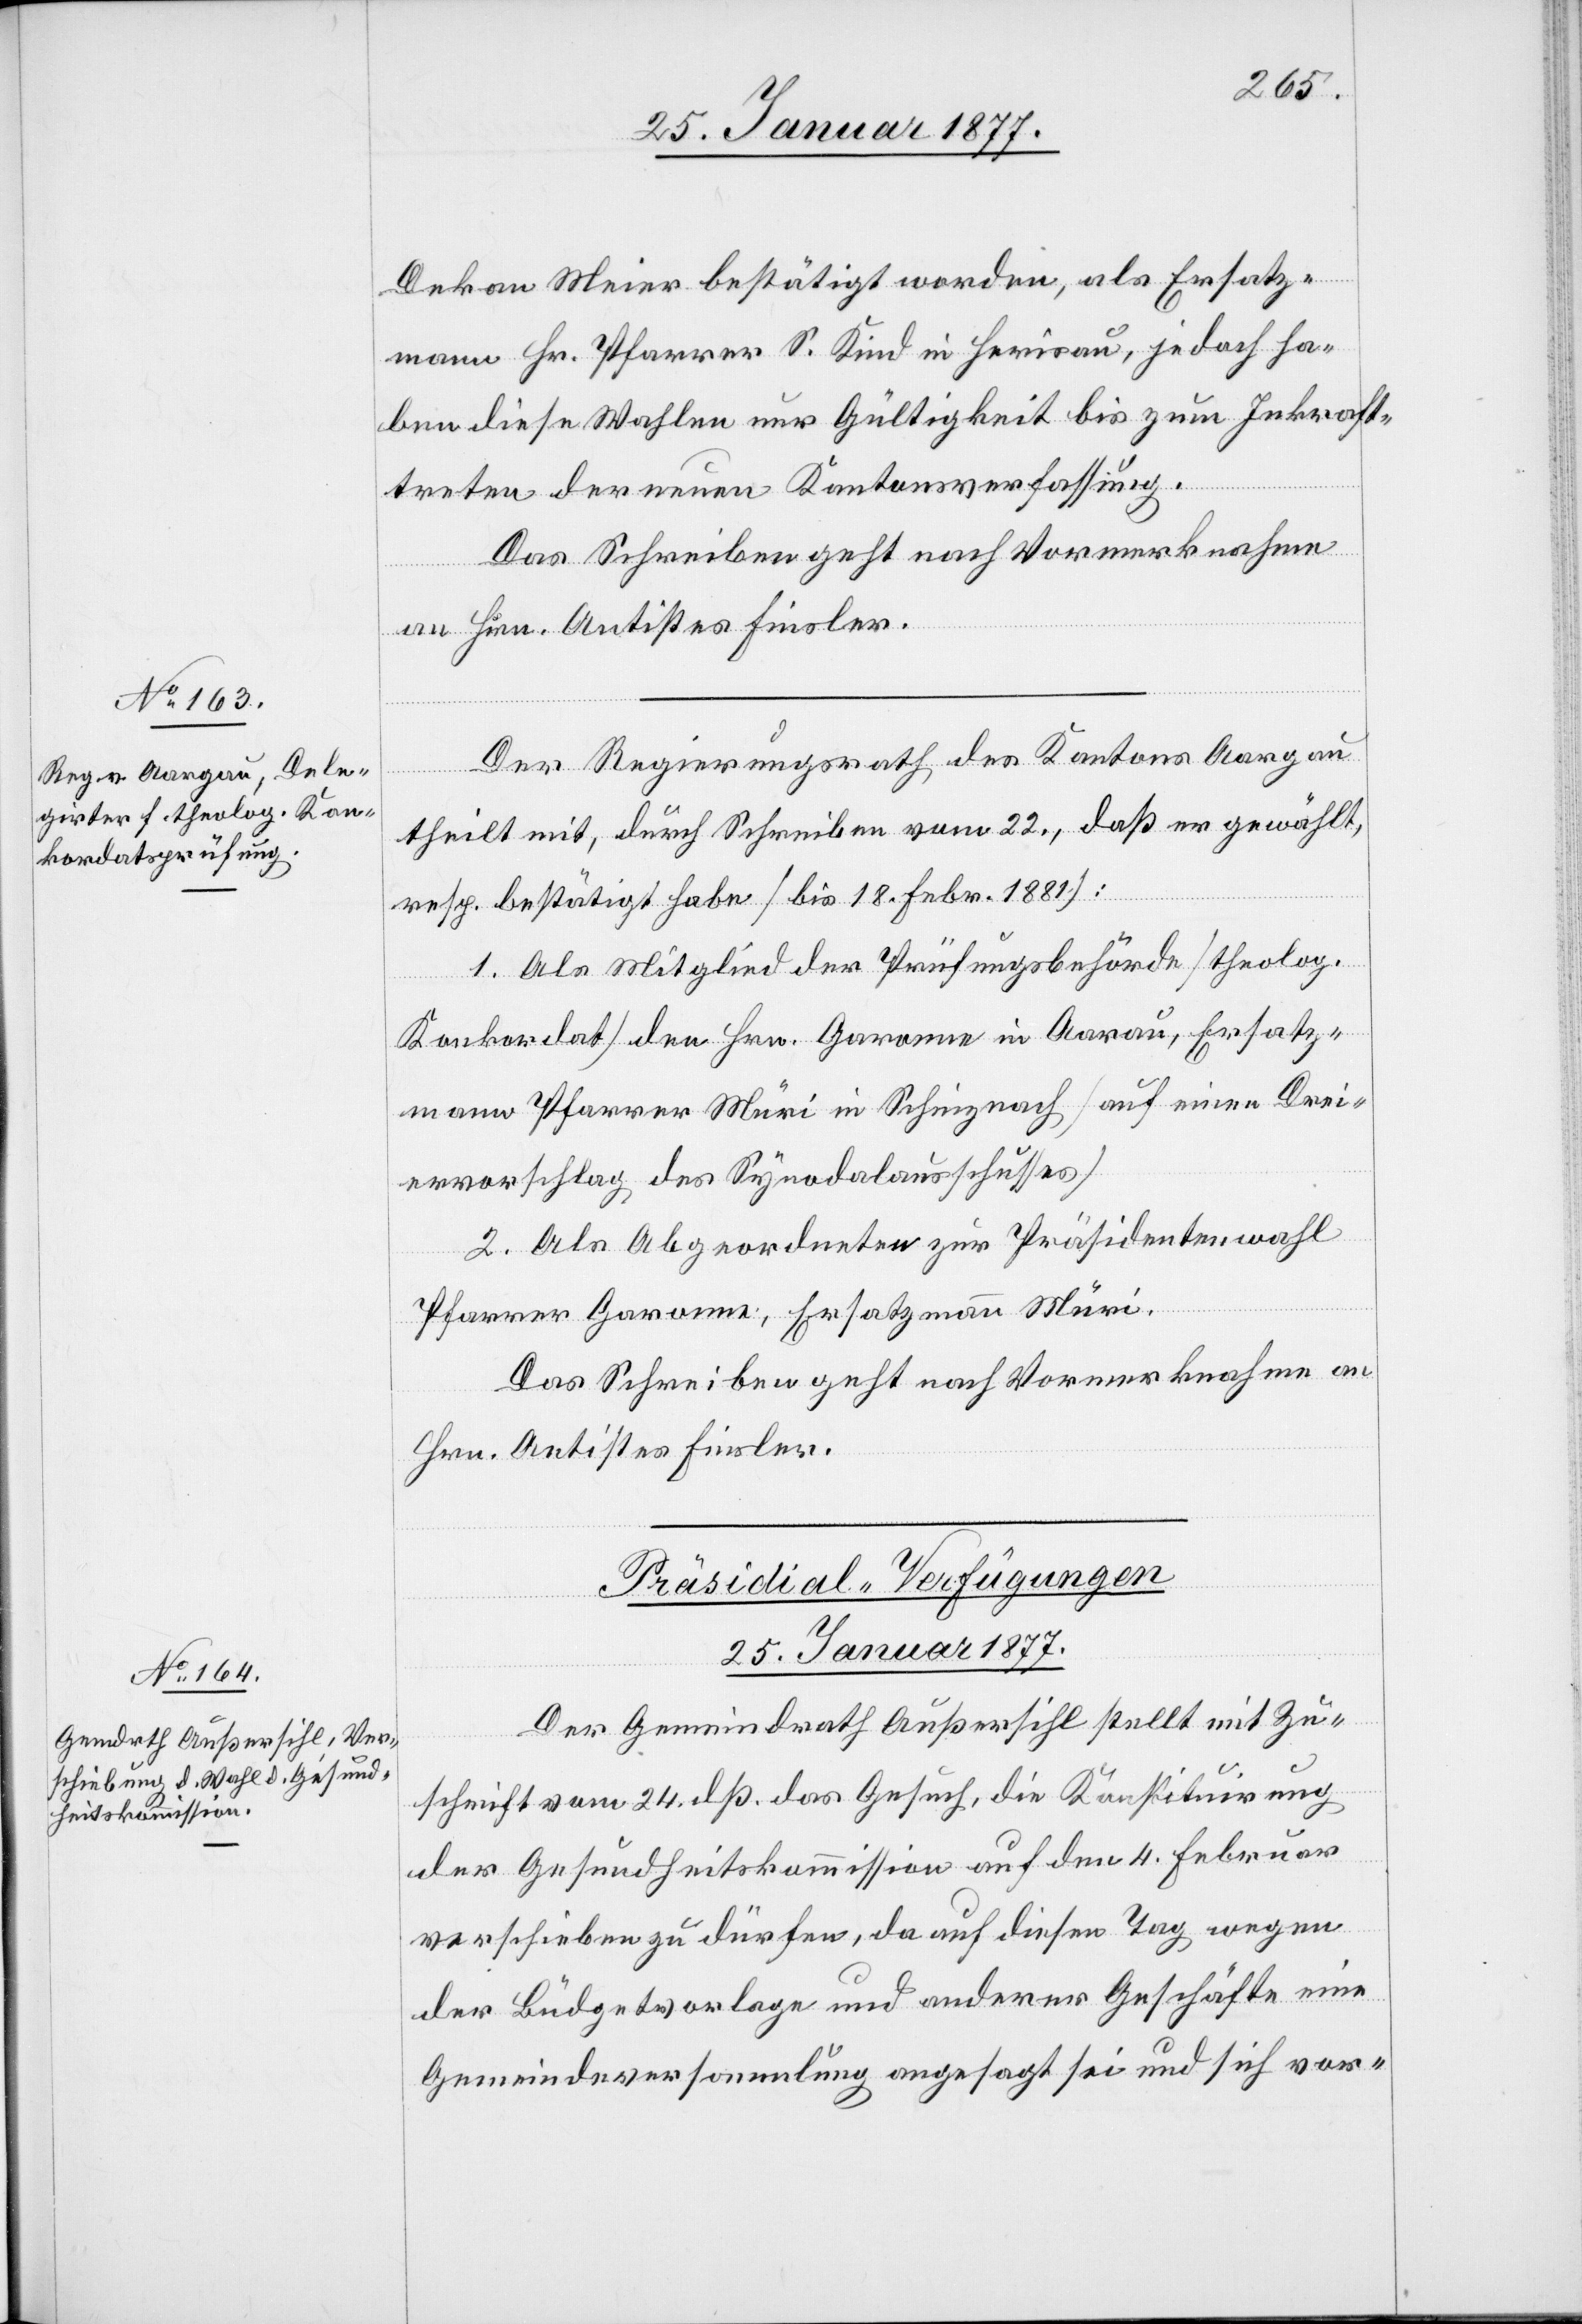
Dekan Meier bestätigt worden, als Ersatz¬
mann Hr. Pfarrer S. Kind in Herisau, jedoch ha¬
ben diese Wahlen nur Gültigkeit bis zum Inkraft¬
treten der neuen Kantonsverfassung.
Das Schreiben geht nach Vormerknahme
an Hrn. Antistes Finsler.
Der Regierungsrath des Kantons Aargau
theilt mit, durch Schreiben vom 22., daß er gewählt,
resp. bestätigt habe [bis 18. Febr. 1881]:
1. Als Mitglied der Prüfungsbehörde [theolog.
Konkordat] den Hrn. Garonne in Aarau, Ersatz¬
mann Pfarrer Müri in Schinznach [auf einen Drei¬
ervorschlag des Synodalausschusses].
2. Als Abgeordneten zur Präsidentenwahl
Pfarrer Garonne, Ersatzmann Müri.
Das Schreiben geht nach Vormerknahme an
Hrn. Antistes Finsler.
Präsidial-Verfügungen
25. Januar 1877.
Der Gemeindrath Außersihl stellt mit Zu¬
schrift vom 24. dß. das Gesuch, die Konstituirung
der Gesundheitskommission auf den 2. Februar
verschieben zu dürfen, da auf diesen Tag wegen
der Büdgetvorlage und anderer Geschäfte eine
Gemeindeversammlung angesetzt sei und sich vor-